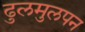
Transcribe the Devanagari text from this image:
ढुलमुलपन